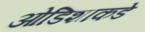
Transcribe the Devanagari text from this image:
ओडिशाकडे